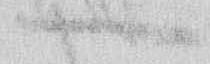
一